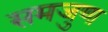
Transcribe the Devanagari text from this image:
समजुण